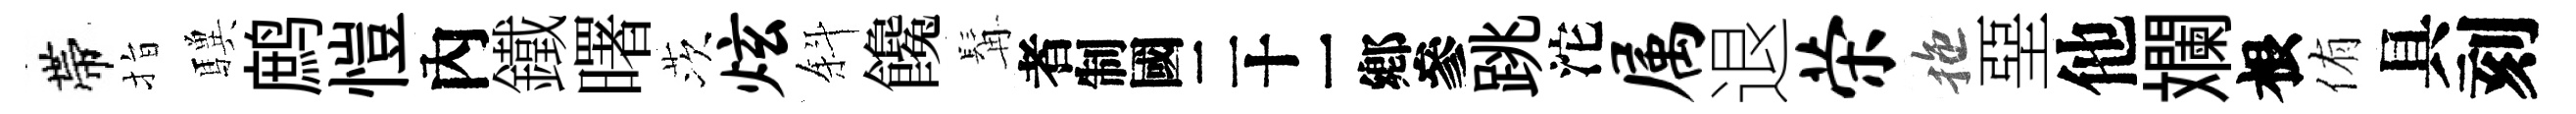
帶指驥鹧愷內鐵曙茨炫斜饞髯识跳沱属退荣拖堊他斕根侑具刻